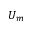
U _ { m }